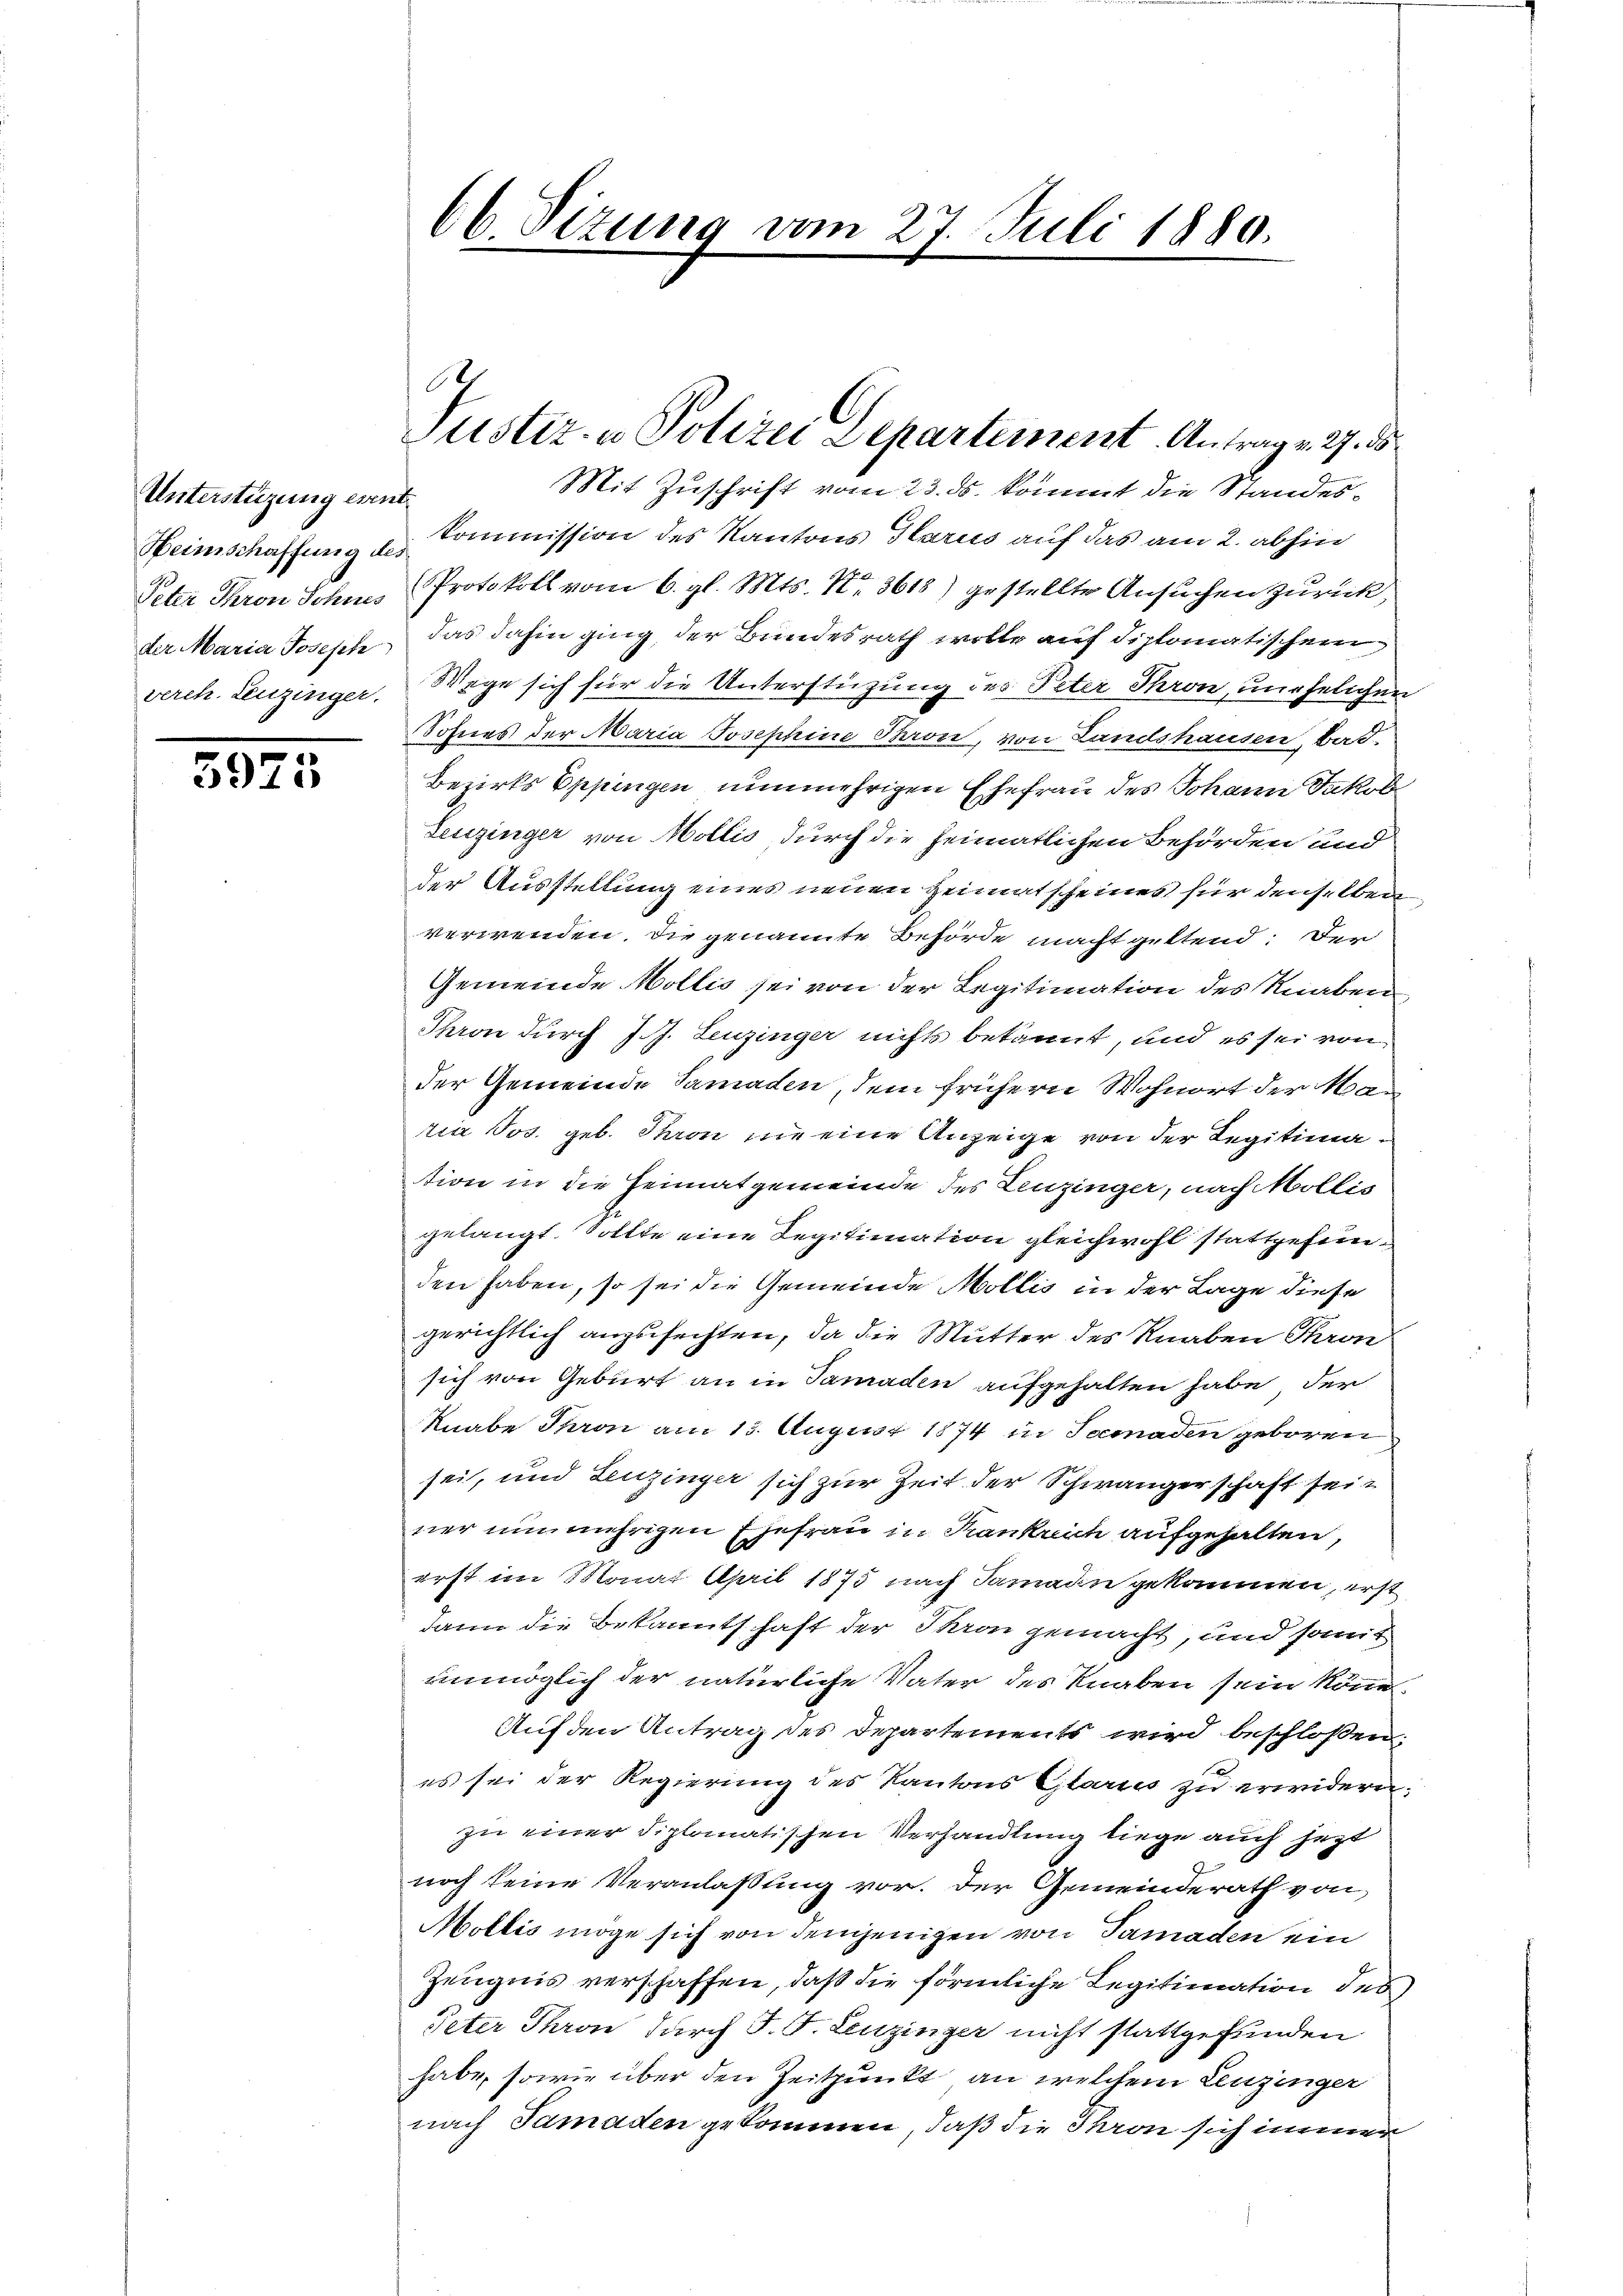
Unterstüzung eint.
Peter Thron Sohnes
der Maria Joseph
verch. Leuzinger.

598

1

Mit Zuschrift vom 23. ds. kommt die Standes¬
Heimschaffung u. Commission des Kantons Glarus auf das am 2. abhin
Protokoll vom 6. gl. Mts. No. 3618) gestellte Ansuchen zurück,
das dahin ging, der Bundesrath wolle auf diplomatischen
Wege sich für die Unterstützung des Peter Thron, unehelichen
Sohnes der Maria Josephine Paron, von Landshausen, Bad-
Bezirks Eppingen nunmehrigen Ehefrau des Johann Jakob
Leuzinger von Mollis durch die heimatlichen Behörden und
der Ausstellung eines neuen Heimatscheines für denselben
verwenden. Die genannte Behörde macht geltend: Der
Gemeinde Mollis sei von der Legitimation des Knaben
Thron durch J. J. Leuzinger nichts bekannt, und es sei von
der Gemeinde Samaden, dem frühern Wohnort der Maria Jos. geb. Thron nie eine Anzeige von der Regitimation in die Heimatgemeinde des Leuzinger, nach Mollis
gelangt. Sollte eine Legitimation gleichwohl stattgefunden haben, so sei die Gemeinde Mollis in der Lage diese
gerichtlich anzufechten, da die Mutter des Knaben Thron
sich von Geburt an in Tanaden aufgehalten habe, der
Knabe Pron am 15. August 1874 in Somaden geboren
sei, und Leuzinger sich zur Zeit der Schwängerschaft sein
ner um mehrigen Ehefrau in Krankreich aufgehalten,
erst im Monat April 1875 nach Samann gekommen, erst
dann die Bekanntschaft der Thron gemacht, und somit
unmöglich der natürliche Vater des Knaben sein könne,
Auf den Antrag des Departements wird beschloßen:
es sei der Regierung des Kantons Glarus zu erwidern.
zu einer diplomatischen Verhandlung liege auch jezt
noch keine Veranlaßung vor. Der Gemeinderath von
Mollis möge sich von demjenigen von Tamaden ein
Zeugnis verschaffen, daß die förmliche Legitimation des
Peter Thron durch P. F. Leuzinger nicht stattgefunden
habe, sowie über den Zeitpunkt, an welchem Leuzinger
nach Tamaden gekommen, daß die Thron sich immer

66. Sizung vom 27. Juli 1880.

.
Justiz- u Polizei Departement. Antrag v. 27. d